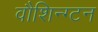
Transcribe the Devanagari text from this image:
वौशिन्ग्टन